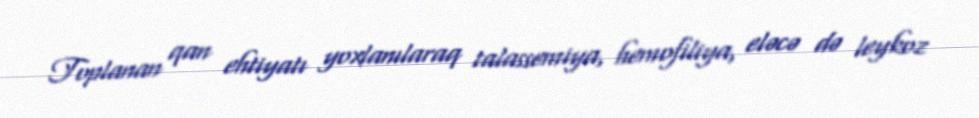
Toplanan qan ehtiyatı yoxlanılaraq talassemiya, hemofiliya, eləcə də leykoz